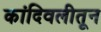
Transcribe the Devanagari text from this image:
कांदिवलीतून